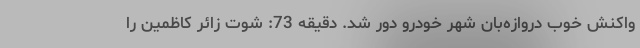
واکنش خوب دروازه‌بان شهر خودرو دور شد. دقیقه 73: شوت زائر کاظمین را